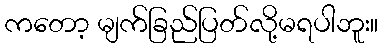
ကတော့ မျက်ခြည်ပြတ်လို့မရပါဘူး။